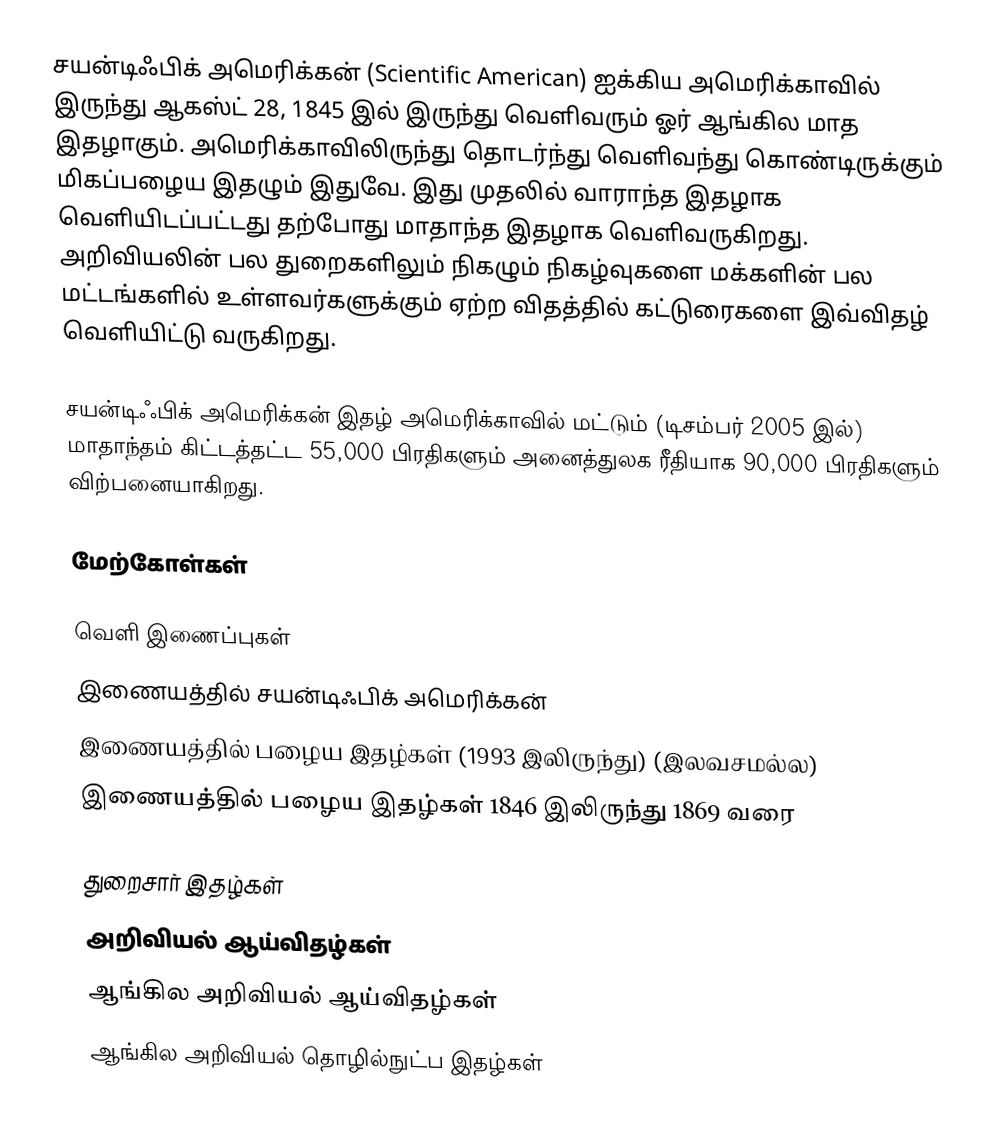
சயன்டிஃபிக் அமெரிக்கன் (Scientific American) ஐக்கிய அமெரிக்காவில் இருந்து ஆகஸ்ட் 28, 1845 இல் இருந்து வெளிவரும் ஓர் ஆங்கில மாத இதழாகும். அமெரிக்காவிலிருந்து தொடர்ந்து வெளிவந்து கொண்டிருக்கும் மிகப்பழைய இதழும் இதுவே. இது முதலில் வாராந்த இதழாக வெளியிடப்பட்டது தற்போது மாதாந்த இதழாக வெளிவருகிறது. அறிவியலின் பல துறைகளிலும் நிகழும் நிகழ்வுகளை மக்களின் பல மட்டங்களில் உள்ளவர்களுக்கும் ஏற்ற விதத்தில் கட்டுரைகளை இவ்விதழ் வெளியிட்டு வருகிறது.

சயன்டிஃபிக் அமெரிக்கன் இதழ் அமெரிக்காவில் மட்டும் (டிசம்பர் 2005 இல்) மாதாந்தம் கிட்டத்தட்ட 55,000 பிரதிகளும் அனைத்துலக ரீதியாக 90,000 பிரதிகளும் விற்பனையாகிறது.

மேற்கோள்கள்

வெளி இணைப்புகள்
 இணையத்தில் சயன்டிஃபிக் அமெரிக்கன்
 இணையத்தில் பழைய இதழ்கள் (1993 இலிருந்து) (இலவசமல்ல)
 இணையத்தில் பழைய இதழ்கள் 1846 இலிருந்து 1869 வரை

துறைசார் இதழ்கள்
அறிவியல் ஆய்விதழ்கள்
ஆங்கில அறிவியல் ஆய்விதழ்கள்
ஆங்கில அறிவியல் தொழில்நுட்ப இதழ்கள்